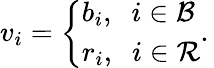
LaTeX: v_{i}=\left\{ \begin{array}{ll}{b_{i},\; \; i\in{\cal B}}\\ {r_{i},\; \; i\in{\cal R}}\end{array}.\right.